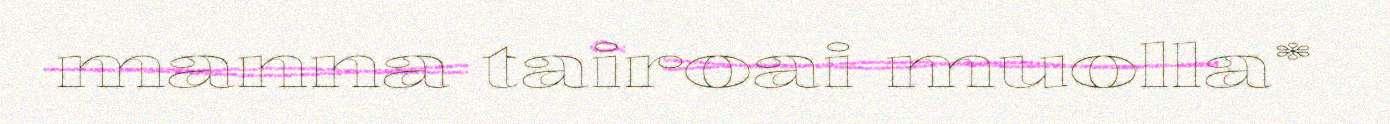
manna tairoai muolla*